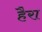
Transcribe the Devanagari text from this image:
हैरा